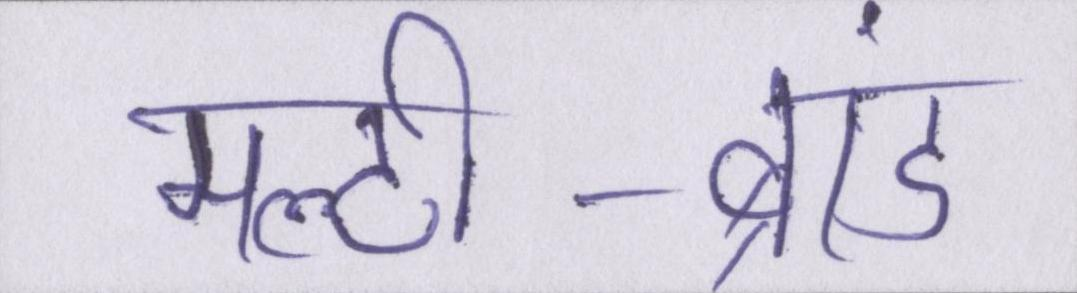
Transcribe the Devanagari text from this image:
मल्टी-ब्रांड